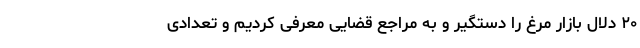
۲۰ دلال بازار مرغ را دستگیر و به مراجع قضایی معرفی کردیم و تعدادی